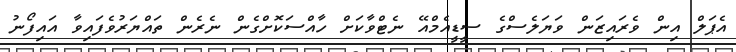
އެޕަލް އިން ވެރައިޒަން ވަޔަލެސްގެ ސީޑީއެމްއޭ ނެޓްވާކަށް ހާއްސަކޮށްގެން ނެރެން ތައްޔަރުވެފައިވާ އައިފޯނު